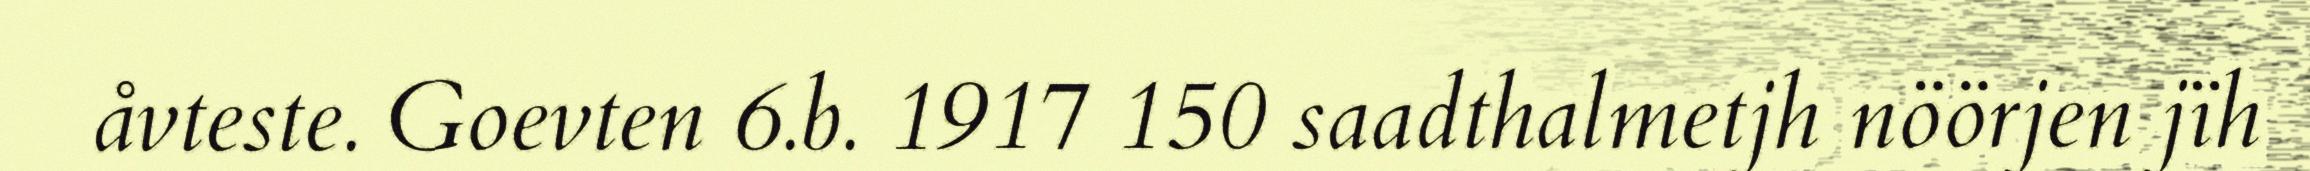
åvteste. Goevten 6.b. 1917 150 saadthalmetjh nöörjen jïh